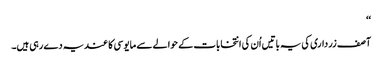
‘‘
آصف زرداری کی یہ باتیں اُن کی انتخابات کے حوالے سے مایوسی کا عندیہ دے رہی ہیں۔